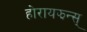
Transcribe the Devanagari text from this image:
होरायझन्स्